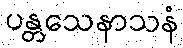
ပန္တသေနာသနံ